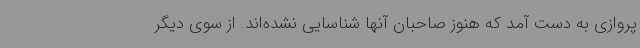
پروازی به دست آمد که هنوز صاحبان آنها شناسایی نشده‌اند. از سوی دیگر